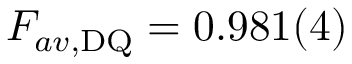
F _ { a v , \mathrm { D Q } } = 0 . 9 8 1 ( 4 )